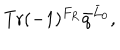
\mathrm { T r } ( - 1 ) ^ { F _ { R } } { \bar { q } } ^ { { \bar { L } } _ { 0 } } ,